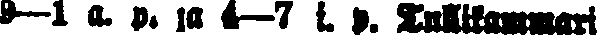
9—l a. 9. ja 4—7 i. p. Tullikammari